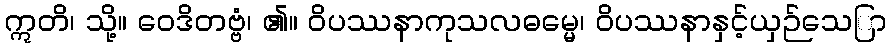
ဣတိ၊ သို့။ ဝေဒိတဗ္ဗံ၊ ၏။ ဝိပဿနာကုသလဓမ္မေ၊ ဝိပဿနာနှင့်ယှဉ်သေြာ